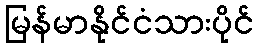
မြန်မာနိုင်ငံသားပိုင်